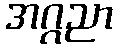
အဂ္ဂညာ